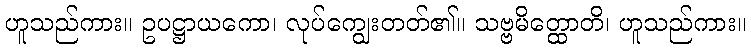
ဟူသည်ကား။ ဥပဋ္ဌာယကော၊ လုပ်ကျွေးတတ်၏။ သဗ္ဗမိတ္ထောတိ၊ ဟူသည်ကား။